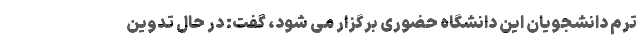
ترم دانشجویان این دانشگاه حضوری برگزار می شود، گفت: در حال تدوین